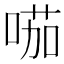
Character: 𠸏